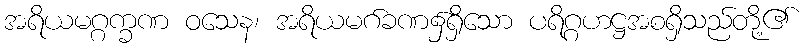
အရိယမဂ္ဂက္ခဏ ဝသေန၊ အရိယမဂ်ခဏ၌ရှိသော ပရိဂ္ဂဟဋ္ဌအစရှိသည်တို့၏